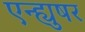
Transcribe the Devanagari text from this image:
एन्ह्युषर